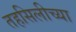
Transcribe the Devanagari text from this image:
तहसिलीच्या